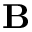
\mathbf B